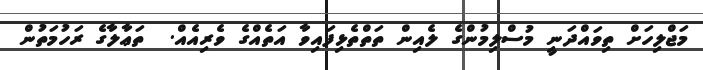
މަޖްލިހަށް ތިވައްދަނީ މުސްލިމުންގެ ލެއިން ތަތްތެޅިފައިވާ އަތެއްގެ ވެރިއެއް.  ތަޢާލާގެ ރަހުމަތުން